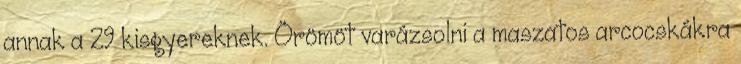
annak a 29 kisgyereknek. Örömöt varázsolni a maszatos arcocskákra